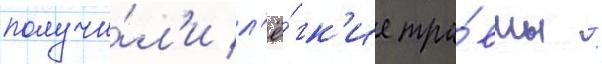
получи́л'и л'ё́гк'ие тра́вмы /